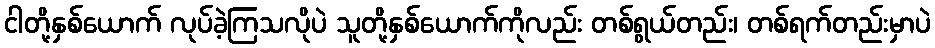
ငါတို့နှစ်ယောက် လုပ်ခဲ့ကြသလိုပဲ သူတို့နှစ်ယောက်ကိုလည်း တစ်ရွယ်တည်း၊ တစ်ရက်တည်းမှာပဲ